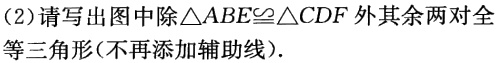
(2)请写出图中除$\triangle ABE\cong\triangle CDF$外其余两对全等三角形(不再添加辅助线).